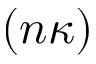
( n \kappa )